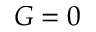
G = 0